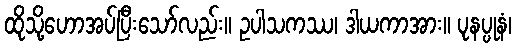
ထိုသို့ဟောအပ်ပြီးသော်လည်း။ ဥပါသကဿ၊ ဒါယကာအား။ ပုနပ္ပုနံ၊